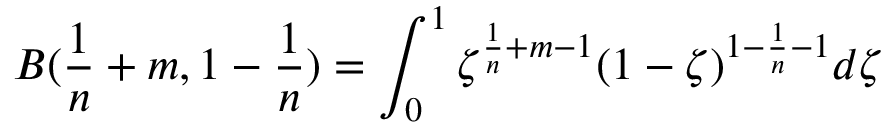
B ( \frac { 1 } { n } + m , 1 - \frac { 1 } { n } ) = \int _ { 0 } ^ { 1 } \zeta ^ { \frac { 1 } { n } + m - 1 } ( 1 - \zeta ) ^ { 1 - \frac { 1 } { n } - 1 } d \zeta